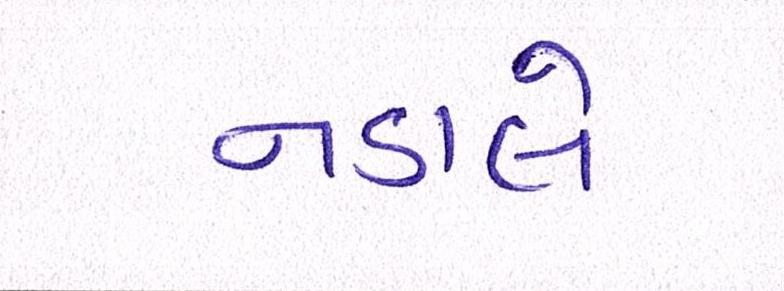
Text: નડાલે